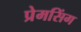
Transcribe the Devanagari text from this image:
प्रेमसिंग